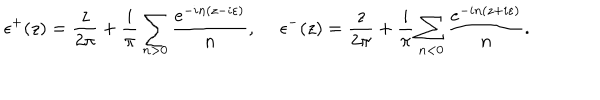
LaTeX: \epsilon ^ { + } ( z ) = \frac { z } { 2 \pi } + \frac { i } { \pi } \sum _ { n > 0 } \frac { e ^ { - i n ( z - i \varepsilon ) } } { n } , ~ ~ \epsilon ^ { - } ( z ) = \frac { z } { 2 \pi } + \frac { i } { \pi } \sum _ { n < 0 } \frac { e ^ { - i n ( z + i \varepsilon ) } } { n } .